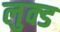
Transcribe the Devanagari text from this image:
लुक्ड